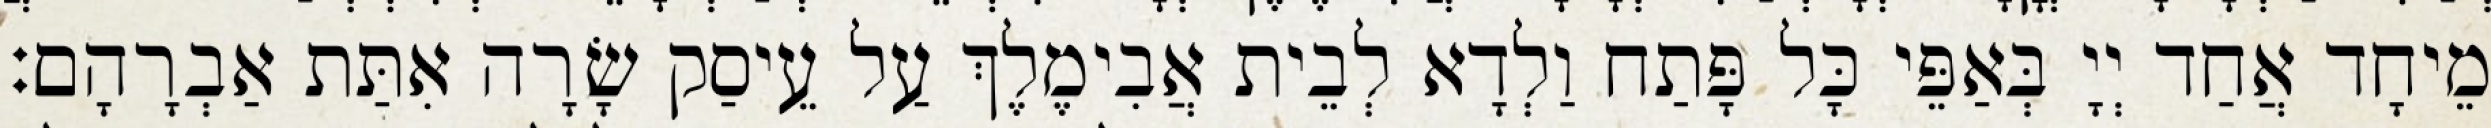
מֵיחָד אֲחַד יְיָ בְּאַפֵּי כָּל פָּתַח וַלְדָא לְבֵית אֲבִימֶלֶךְ עַל עֵיסַק שָׂרָה אִתַּת אַבְרָהָם׃